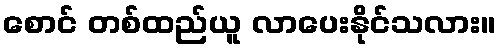
စောင် တစ်ထည်ယူ လာပေးနိုင်သလား။